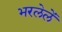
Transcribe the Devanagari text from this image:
भरलेलें